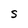
Character: S